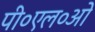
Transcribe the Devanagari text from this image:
पी०एल०ओ